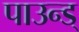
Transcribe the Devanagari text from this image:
पाउन्ड्